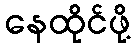
နေထိုင်ဖို့